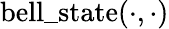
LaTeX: \mathrm{bell\_ state}(\cdot,\cdot)